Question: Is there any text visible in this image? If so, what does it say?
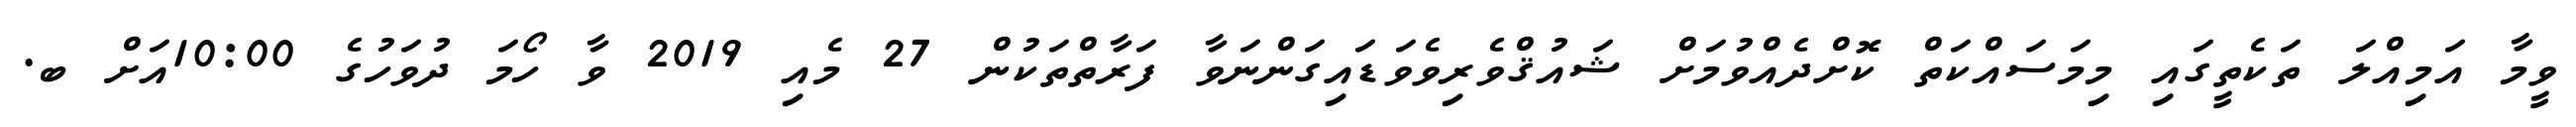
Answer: ވީމާ އަމިއްލަ ތަކެތީގައި މިމަސައްކަތް ކޮށްދެއްވުމަށް ޝައުޤްވެރިވެވަޑައިގަންނަވާ ފަރާތްތަކުން 27 މެއި 2019 ވާ ހޯމަ ދުވަހުގެ 10:00އަށް ބ.